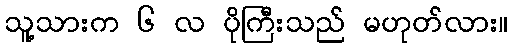
သူ့သားက ၆ လ ပိုကြီးသည် မဟုတ်လား။